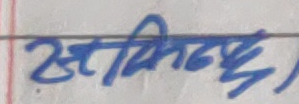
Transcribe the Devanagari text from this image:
सिमिन्दछ)